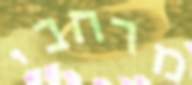
מרחבי